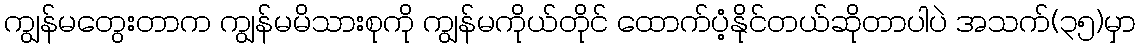
ကျွန်မတွေးတာက ကျွန်မမိသားစုကို ကျွန်မကိုယ်တိုင် ထောက်ပံ့နိုင်တယ်ဆိုတာပါပဲ အသက်(၃၅)မှာ